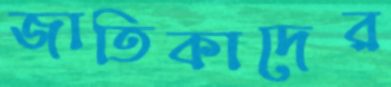
জাতিকাদের